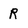
Character: R